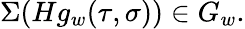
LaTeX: \Sigma(Hg_{w}(\tau,\sigma))\in G_{w}.